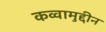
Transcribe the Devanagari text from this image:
कव्वामुद्दीन